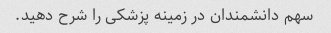
سهم دانشمندان در زمینه پزشکی را شرح دهید.